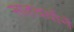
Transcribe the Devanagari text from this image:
साहचर्यानें